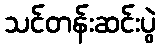
သင်တန်းဆင်းပွဲ